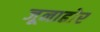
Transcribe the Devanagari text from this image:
जूनाढोर